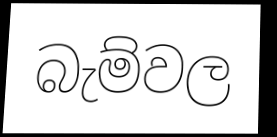
බැම්වල